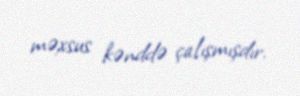
məxsus kənddə çalışmışdır.